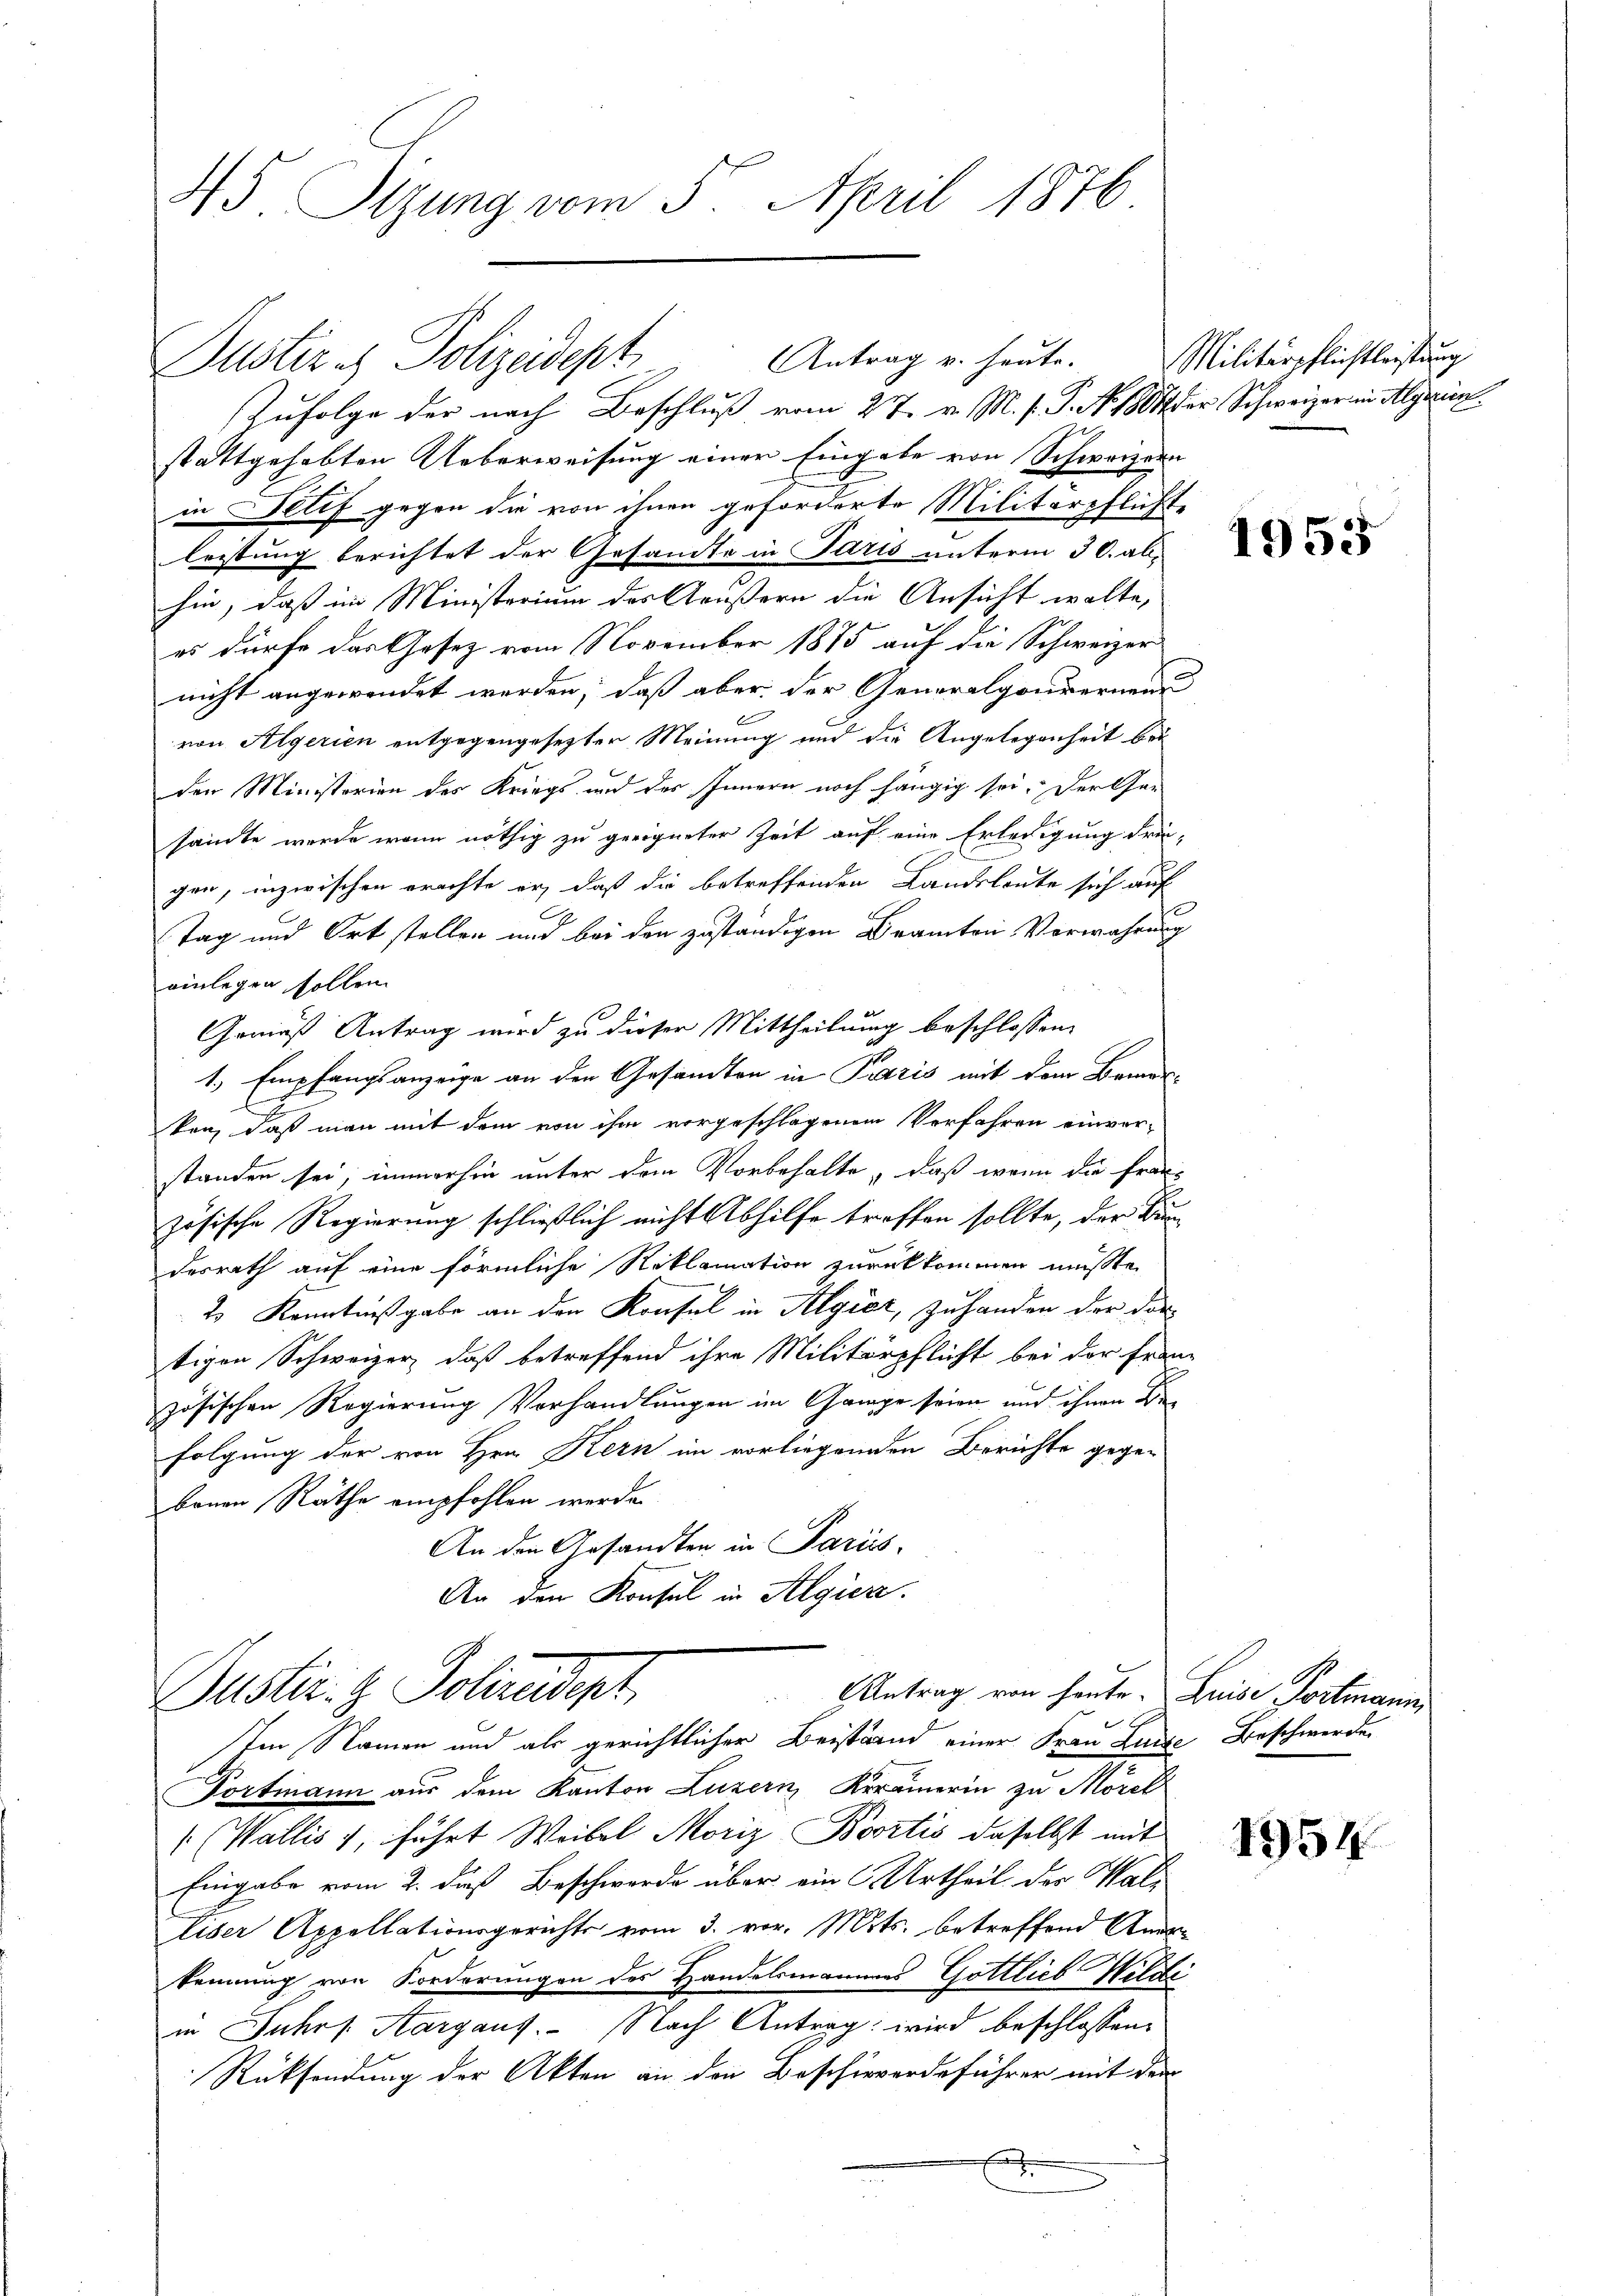
45 Sizung vom 5. April 1876

Zufolge der nach Beschluß vom 27. v. M. h. T. No. 1804 der Schweizer in Algerien
stattgehabten Ueberweisung einer Eingabe von Schweizern
in Detif gegen die von ihnen geforderte Militärpflichte
leistung berichtet der Gesamte in Paris unterm 30. ab-
hin, daß im Ministorium des Aeußern die Ansicht walte,
es dürfe das Gesetz vom November 1875 auf die Schweizer
nicht angewendet werden, daß aber der Generalgouvernenn
von Algerien entgegengesetzter Meinung und die Angelegenheit bei
den Ministerien des Kriegs und des Innern noch hängig sei. Der Can
samte wurde wenn nöthig zu geeigneter Zeit auf eine Erledigung Frie-
gen, inzwischen erachte er, daß die betreffenden Landsleute sich auf
Tag und Ort stellen und bei den zuständigen Beamten Vorwahrung
einlegen sollen.
Gemäß Antrag wird zu dieser Mittheilung beschlossen:
1.) Empfangsanzeige an den Gesandten in Paris mit dem Bemer-
ken, daß man mit dem von ihm vorgeschlagenem Verfahren einver-
standen sei, immerhin unter dem Vorbehalte, daß wenn die Französische Regierung schließlich nicht Abhilfe treffen sollte, der Bun
desrath auf eine förmliche Reklamation zurückkommen müßte,
2 Kenntnißgabe an den Konsul in Algier, zu handen der dar
tigen Schweizer, daß betreffend ihre Militärpflicht bei der Franz
zösischen Regierung Vorhandlungen im Gringe seien und ihnen Dr
folgung der von Hrn. Kern im vorliegenden Berichte gegen
benen Räthe empfohlen werde.
An den Gesandten in Pariis
An den Konsul in Algiere.

Justiz es Polizeidept Antrag v. heute.

Guster. H. Polizeidigt
Antrag von heute. Luise Postmann
sten Namen und als gerichtlicher Beiständ einer Frau Luise Beschwerden

Portmann aus dem Kanton Luzern Keramerin zu Morel
1 (Wallis 1, führt Weibel Moriz Boortis daselbst mit
Eingabe vom 2. dieß Beschwerde über ein Urtheil der Wal¬
Eiser Appellationsgerichts vom 3. vor. Mts. betreffend Ankennung von Forderungen des Handelsmannes Gottlieb Wildi
in Jahrs. Aargaus. Nach Antrag: wird beschlossene
Rücksendung der Akten an den Beschierdeführer mit der
A

Militärpflichtleistung

1955

1954